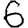
Digit: 6